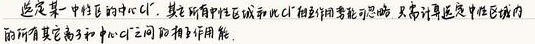
选定某一中性区的中心\(Cl\)，其所有中性区域和\(Cl\)相互作用势能可忽略，只需计算选定中性区域内
的所有其它离子和中心\(Cl\)之间的相互作用能.